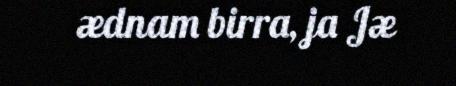
ædnam birra, ja Jæ